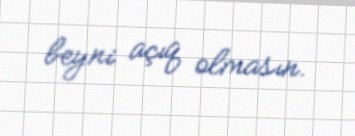
beyni açıq olmasın.